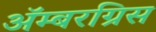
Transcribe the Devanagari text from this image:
ॲम्बरग्रिस